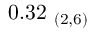
0 . 3 2 _ { \ ( 2 , 6 ) }